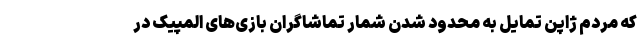
که مردم ژاپن تمایل به محدود شدن شمار تماشاگران بازی‌های المپیک در